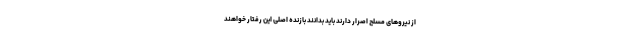
از نیروهای مسلح اصرار دارند باید بدانند بازنده اصلی این رفتار خواهند